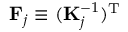
\mathbf { F } _ { j } \equiv ( \mathbf { K } _ { j } ^ { - 1 } ) ^ { \mathrm { T } }